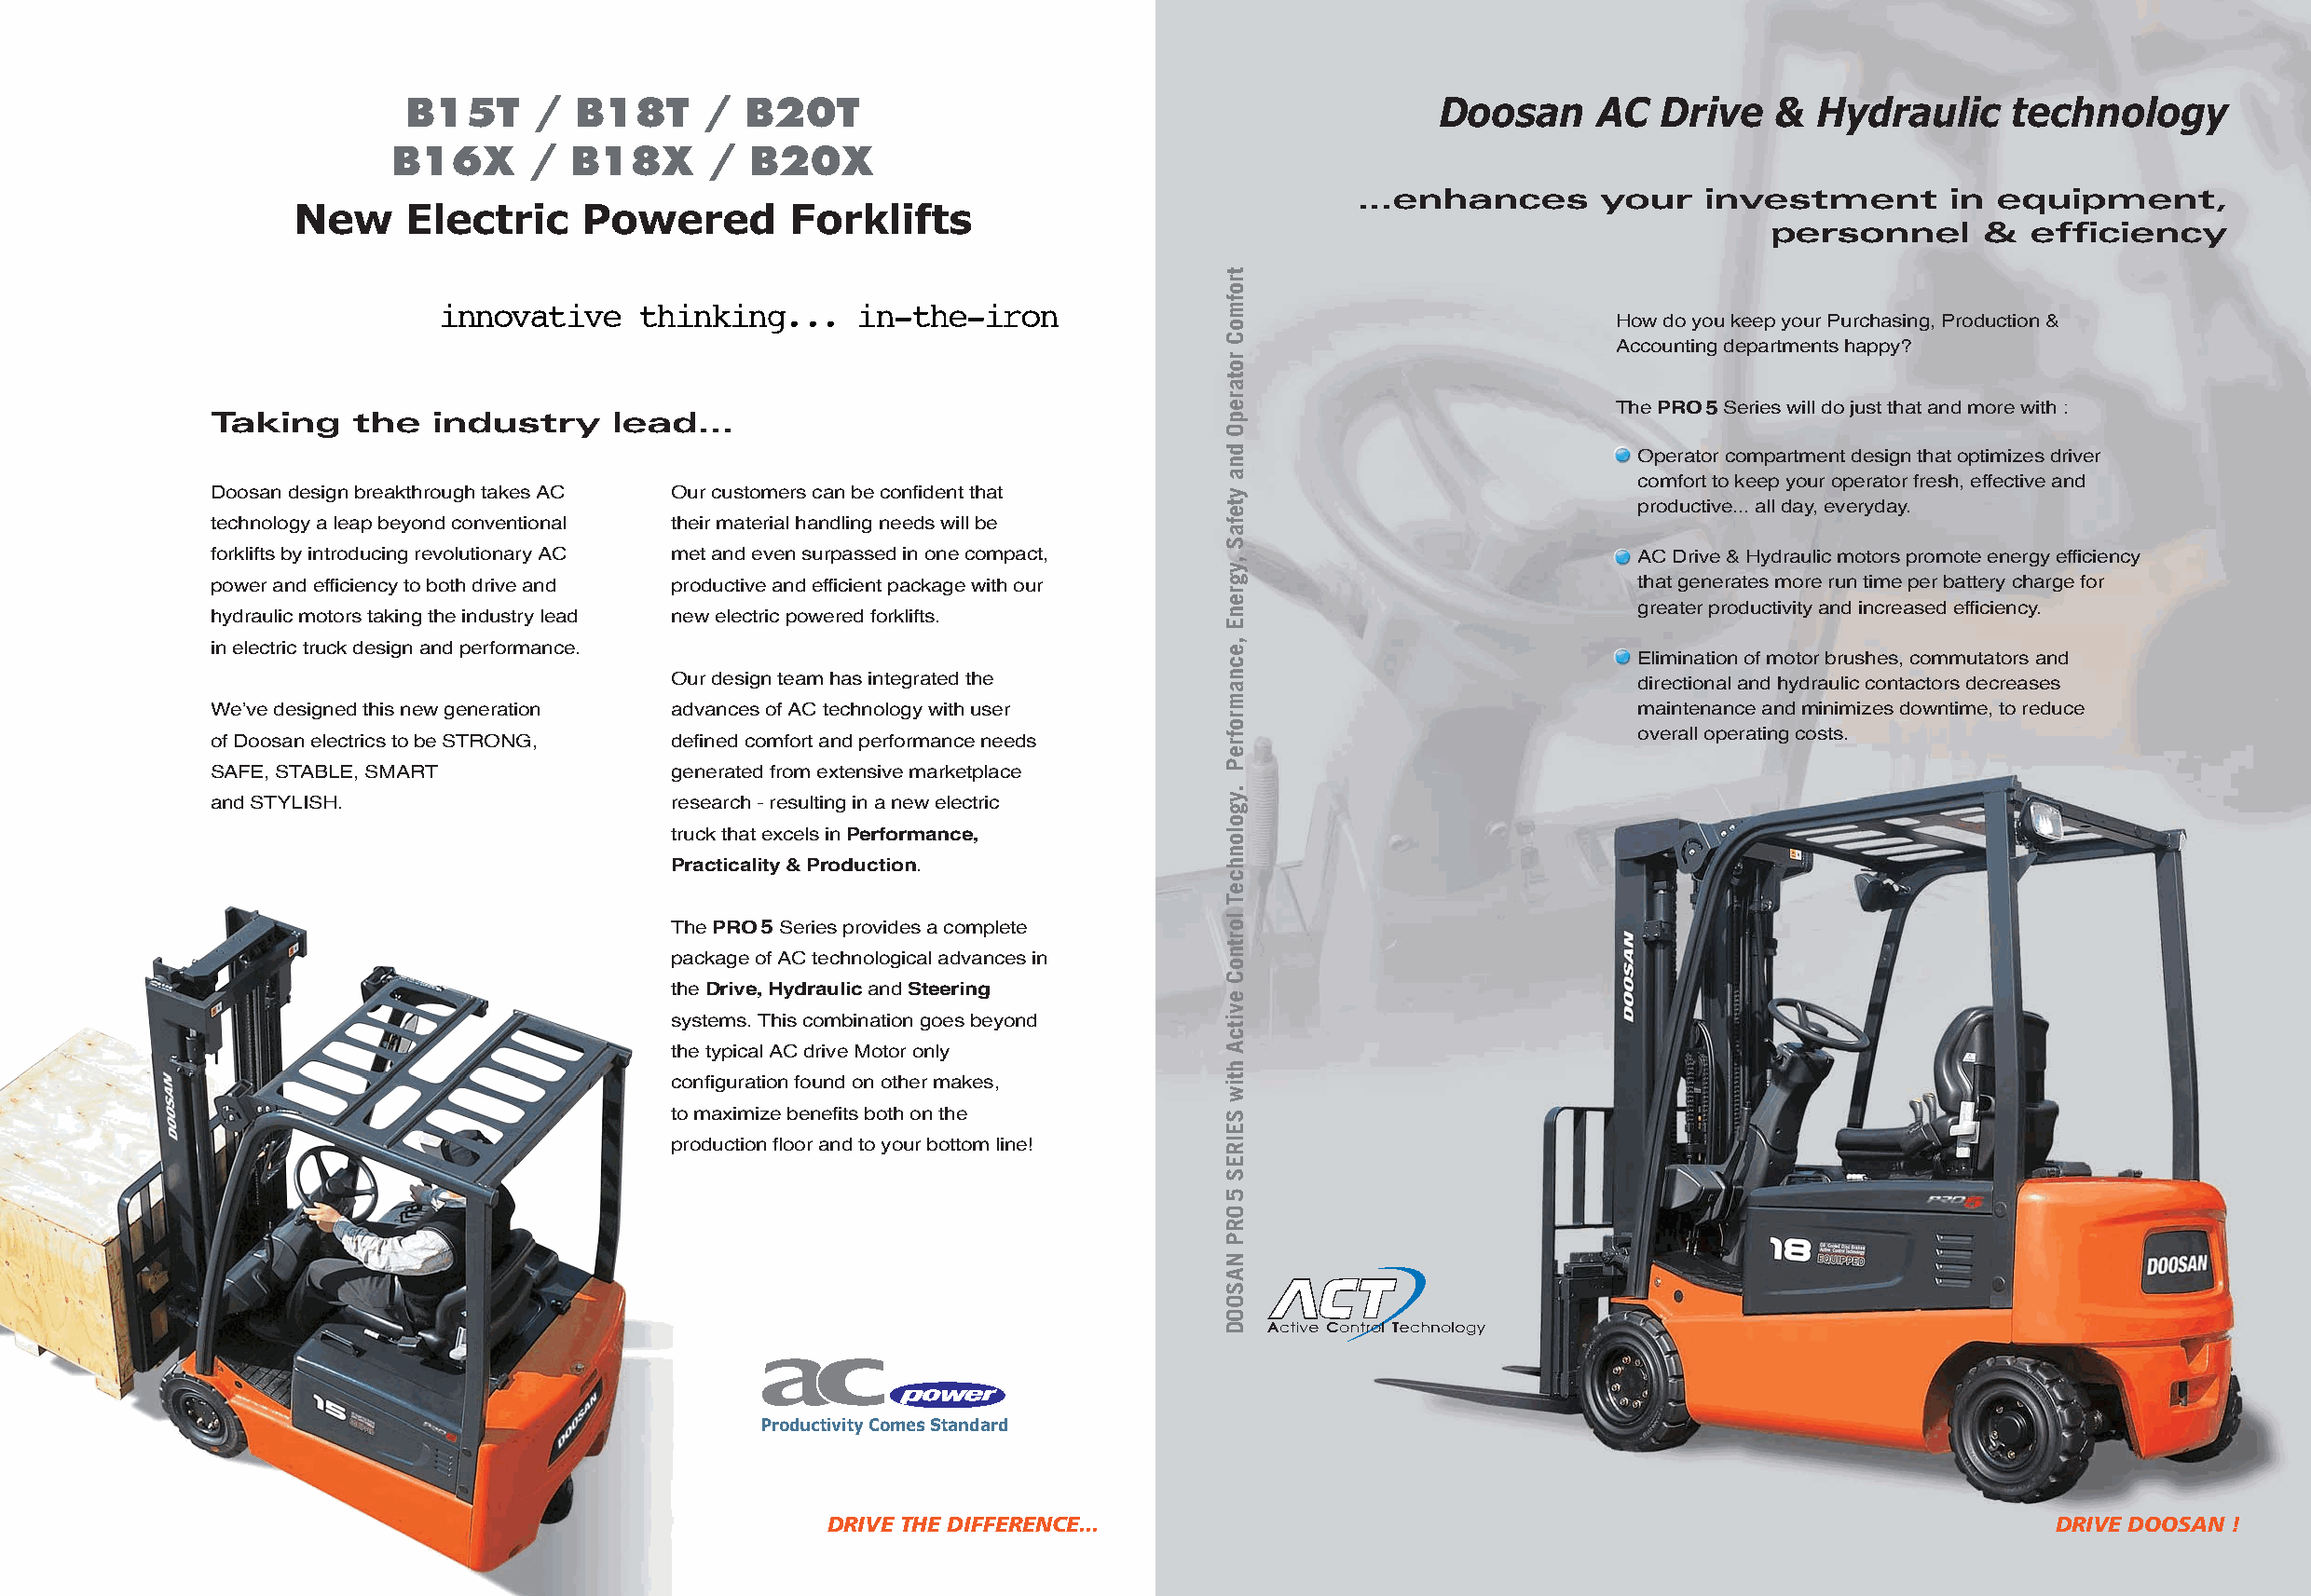
B15T     /  B18T     /  B20T                                             Doosan     AC   Drive   &  Hydraulic     technology
 B16X      /  B18X     /  B20X
 ...enhances       your   investment       in  equipment,
 New     Electric    Powered        Forklifts
 personnel      &  efficiency
 innovative    thinking...     in-the-iron
 How do you keep your Purchasing, Production &
 Accounting departments happy?
 The PRO5Series will do just that and more with :
 Taking    the   industry    lead...
 Operator compartment design that optimizes driver
 comfort to keep your operator fresh, effective and
 Doosan design breakthrough takes AC Our customers can be confident that
 productive... all day, everyday.
 technology a leap beyond conventional their material handling needs will be
 forklifts by introducing revolutionary AC met and even surpassed in one compact,                     AC Drive & Hydraulic motors promote energy efficiency
 power and efficiency to both drive and productive and efficient package with our                     that generates more run time per battery charge for
 greater productivity and increased efficiency.
 hydraulic motors taking the industry lead new electric powered forklifts.
 in electric truck design and performance.
 Elimination of motor brushes, commutators and
 Our design team has integrated the                                  directional and hydraulic contactors decreases
 We’ve designed this new generation advances of AC technology with user                               maintenance and minimizes downtime, to reduce
 overall operating costs.
 of Doosan electrics to be STRONG, defined comfort and performance needs
 SAFE, STABLE, SMART              generated from extensive marketplace
 and STYLISH.                     research - resulting in a new electric
 truck that excels in Performance,
 Practicality & Production.
 The PRO5Series provides a complete
 package of AC technological advances in
 the Drive, Hydraulicand Steering
 systems. This combination goes beyond
 the typical AC drive Motor only
 configuration found on other makes,
 to maximize benefits both on the
 production floor and to your bottom line!
 Productivity Comes Standard
 DRIVE THE DIFFERENCE...                                                                DRIVE DOOSAN !
 trofmoC
 rotarepO
 dna
 ytefaS
 ,ygrenE
 ,ecnamrofreP
 .ygolonhceT
 lortnoC
 evitcA
 htiw
 SEIRES
 5ORP
 NASOOD